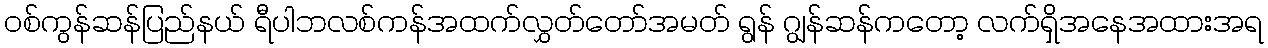
ဝစ်ကွန်ဆန်ပြည်နယ် ရီပါဘလစ်ကန်အထက်လွှတ်တော်အမတ် ရွန် ဂျွန်ဆန်ကတော့ လက်ရှိအနေအထားအရ